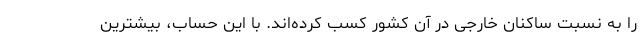
را به نسبت ساکنان خارجی در آن کشور کسب کرده‌اند. با این حساب، بیشترین